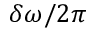
\delta \omega / 2 \pi